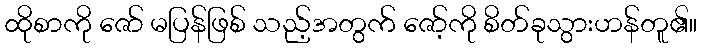
ထိုစာကို ဇော် မပြန်ဖြစ် သည့်အတွက် ဇော့်ကို စိတ်ခုသွားဟန်တူ၏။